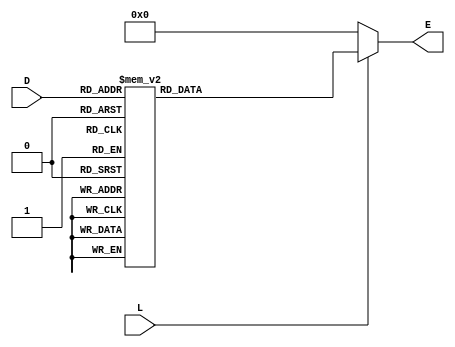
module decoder_4to16 (output reg [15:0]E, input [3:0]D, input L);
    always @(D, L)
        if(!L) E <= 16'b0000000000000000;
        else
            case(D)
                4'b0000: E <= 16'b0000000000000001;
                4'b0001: E <= 16'b0000000000000010;
                4'b0010: E <= 16'b0000000000000100;
                4'b0011: E <= 16'b0000000000001000;
                4'b0100: E <= 16'b0000000000010000;
                4'b0101: E <= 16'b0000000000100000;
                4'b0110: E <= 16'b0000000001000000;
                4'b0111: E <= 16'b0000000010000000;
                4'b1000: E <= 16'b0000000100000000;
                4'b1001: E <= 16'b0000001000000000;
                4'b1010: E <= 16'b0000010000000000;
                4'b1011: E <= 16'b0000100000000000;
                4'b1100: E <= 16'b0001000000000000;
                4'b1101: E <= 16'b0010000000000000;
                4'b1110: E <= 16'b0100000000000000;
                4'b1111: E <= 16'b1000000000000000;
            endcase
endmodule